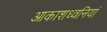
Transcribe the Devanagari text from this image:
आकाशध्वनियां